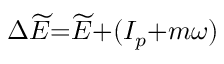
\Delta \widetilde { E } { = } \widetilde { E } { + } ( I _ { p } { + } m \omega )